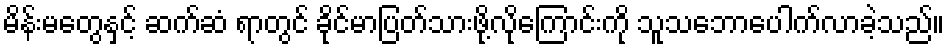
မိန်းမတွေနှင့် ဆက်ဆံ ရာတွင် ခိုင်မာပြတ်သားဖို့လိုကြောင်းကို သူသဘောပေါက်လာခဲ့သည်။